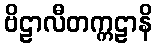
ဗိဠာလီတက္ကဠာနိ